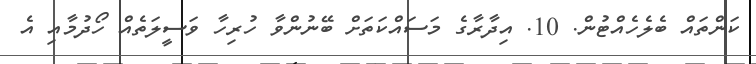
ކަންތައް ބެލެހެއްޓުން. 10. އިދާރާގެ މަސައްކަތަށް ބޭނުންވާ ހުރިހާ ވަސީލަތެއް ހޯދުމާއި އެ